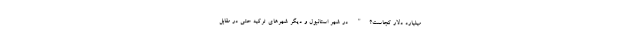
میلیارد دلار کجاست؟" در شهر استانبول و دیگر شهرهای ترکیه حتی در مقابل